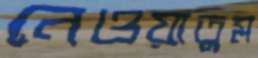
নেওয়াতুম